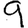
Digit: 9